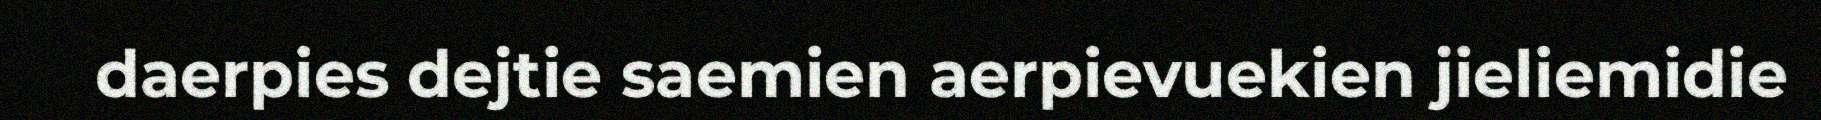
daerpies dejtie saemien aerpievuekien jieliemidie